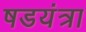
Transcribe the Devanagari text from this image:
षडयंत्रा